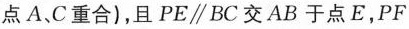
点A、C重合)，且PE\parallel BC交AB于点E，PF